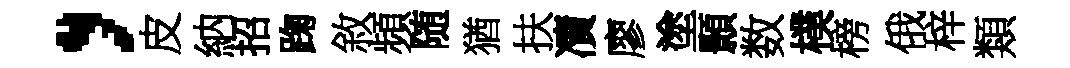
，皮納招踘敘頻随猶扶凟廖塗顥数樸榜俄梓類